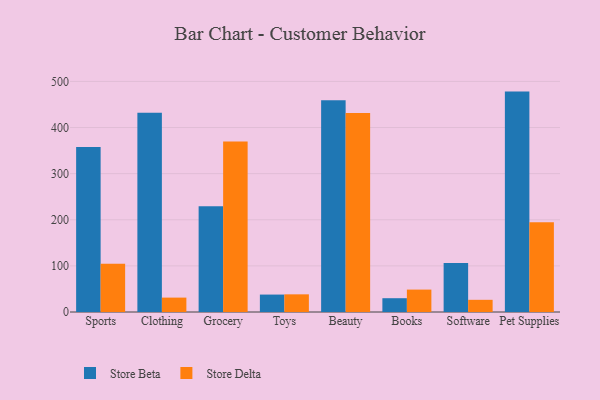
{"axis": {"x": "Category", "y": "Budget (USD K)"}, "legend": ["Store Beta", "Store Delta"], "data": [{"x": "Sports", "y": 358.0, "type": "Store Beta"}, {"x": "Sports", "y": 104.7, "type": "Store Delta"}, {"x": "Clothing", "y": 432.0, "type": "Store Beta"}, {"x": "Clothing", "y": 31.2, "type": "Store Delta"}, {"x": "Grocery", "y": 229.3, "type": "Store Beta"}, {"x": "Grocery", "y": 369.5, "type": "Store Delta"}, {"x": "Toys", "y": 37.8, "type": "Store Beta"}, {"x": "Toys", "y": 38.3, "type": "Store Delta"}, {"x": "Beauty", "y": 459.2, "type": "Store Beta"}, {"x": "Beauty", "y": 431.3, "type": "Store Delta"}, {"x": "Books", "y": 29.9, "type": "Store Beta"}, {"x": "Books", "y": 48.6, "type": "Store Delta"}, {"x": "Software", "y": 106.5, "type": "Store Beta"}, {"x": "Software", "y": 26.4, "type": "Store Delta"}, {"x": "Pet Supplies", "y": 477.9, "type": "Store Beta"}, {"x": "Pet Supplies", "y": 194.5, "type": "Store Delta"}]}